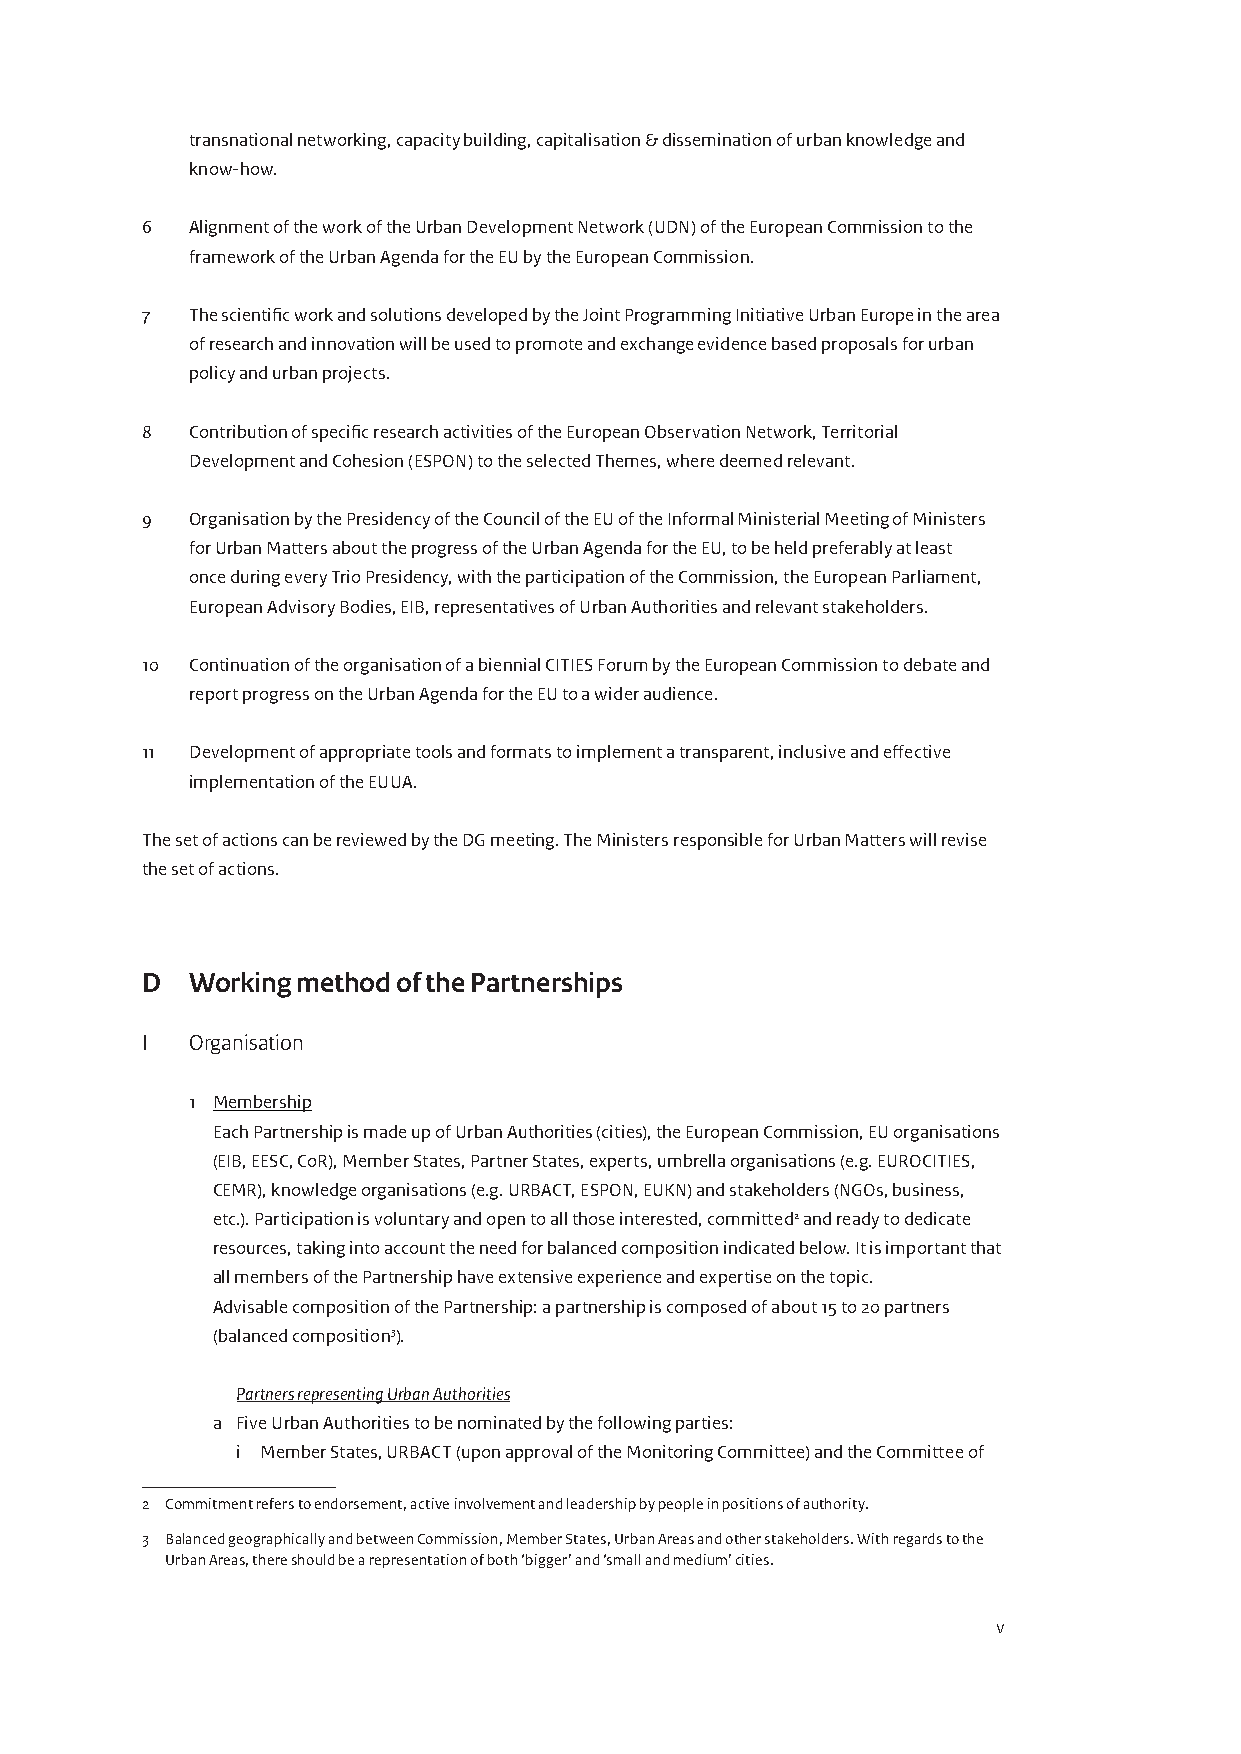
transnational networking, capacity building, capitalisation & dissemination of urban knowledge and
 know-how.
 6   Alignment of the work of the Urban Development Network (UDN) of the European Commission to the
 framework of the Urban Agenda for the EU by the European Commission.
 7   The scientific work and solutions developed by the Joint Programming Initiative Urban Europe in the area
 of research and innovation will be used to promote and exchange evidence based proposals for urban
 policy and urban projects.
 8   Contribution of specific research activities of the European Observation Network, Territorial
 Development and Cohesion (ESPON) to the selected Themes, where deemed relevant.
 9   Organisation by the Presidency of the Council of the EU of the Informal Ministerial Meeting of Ministers
 for Urban Matters about the progress of the Urban Agenda for the EU, to be held preferably at least
 once during every Trio Presidency, with the participation of the Commission, the European Parliament,
 European Advisory Bodies, EIB, representatives of Urban Authorities and relevant stakeholders.
 10  Continuation of the organisation of a biennial CITIES Forum by the European Commission to debate and
 report progress on the Urban Agenda for the EU to a wider audience.
 11  Development of appropriate tools and formats to implement a transparent, inclusive and effective
 implementation of the EUUA.
 The set of actions can be reviewed by the DG meeting. The Ministers responsible for Urban Matters will revise
 the set of actions.
 D   Working method of the Partnerships
 I   Organisation
 1 Membership
 Each Partnership is made up of Urban Authorities (cities), the European Commission, EU organisations
 (EIB, EESC, CoR), Member States, Partner States, experts, umbrella organisations (e.g. EUROCITIES,
 CEMR), knowledge organisations (e.g. URBACT, ESPON, EUKN) and stakeholders (NGOs, business,
 etc.). Participation is voluntary and open to all those interested, committed2 and ready to dedicate
 resources, taking into account the need for balanced composition indicated below. It is important that
 all members of the Partnership have extensive experience and expertise on the topic.
 Advisable composition of the Partnership: a partnership is composed of about 15 to 20 partners
 (balanced composition3).
 Partners representing Urban Authorities
 a Five Urban Authorities to be nominated by the following parties:
 i Member States, URBACT (upon approval of the Monitoring Committee) and the Committee of
 2 Commitment refers to endorsement, active involvement and leadership by people in positions of authority.
 3 Balanced geographically and between Commission, Member States, Urban Areas and other stakeholders. With regards to the
 Urban Areas, there should be a representation of both ‘bigger’ and ‘small and medium’ cities.
 v